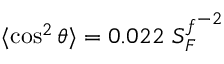
\langle \cos ^ { 2 } \theta \rangle = 0 . 0 2 2 ~ { S _ { F } ^ { f } } ^ { - 2 }